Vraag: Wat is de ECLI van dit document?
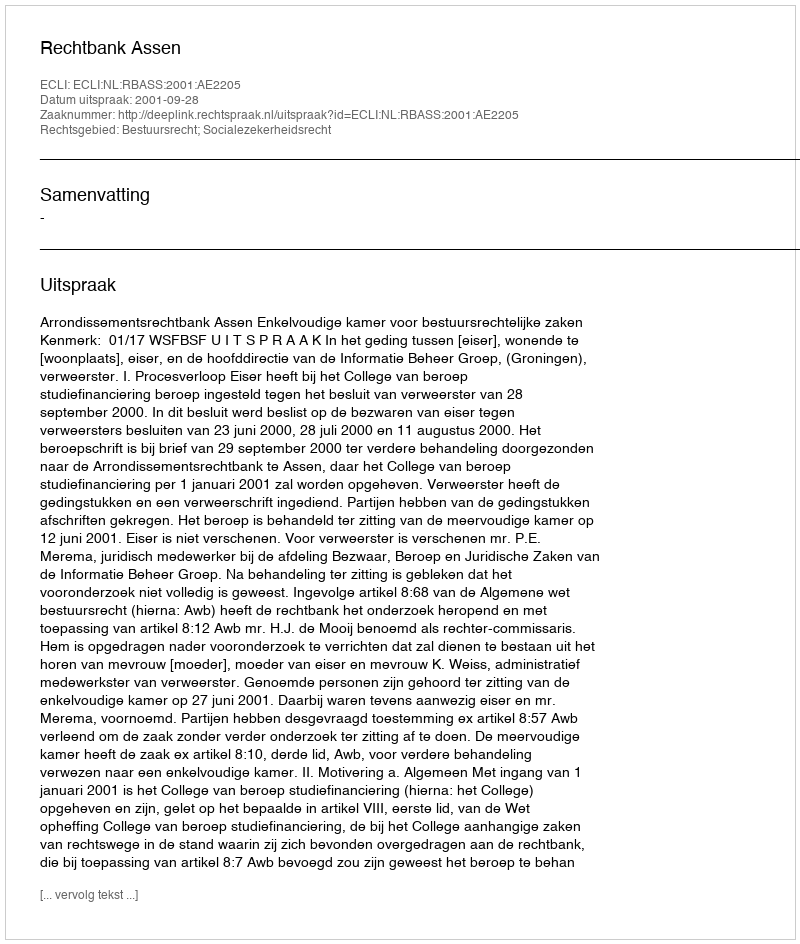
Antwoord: ECLI:NL:RBASS:2001:AE2205